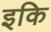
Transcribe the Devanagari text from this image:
इकि